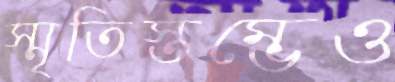
স্মৃতিস্তম্ভেও